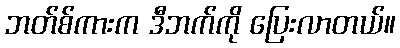
ဘတ်စ်ကားက ဒီဘက်ကို ပြေးလာတယ်။